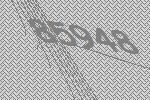
85948